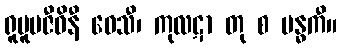
ရူပူပဇီဝိနီ ဝေသီ၊ ကုလဋာ တု စ ဗန္ဓကီ။